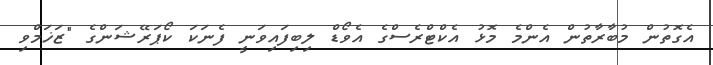
އެގޮތުން މުބާރާތުން އެންމެ މޮޅު އެކްޓްރެސްގެ އެވޯޑް ލިބިފައިވަނީ ފެނަކަ ކޯޕަރޭޝަންގެ "ޒަޚަމްވި